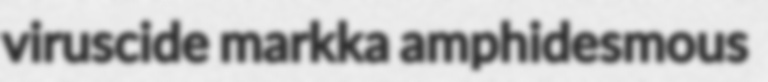
viruscide markka amphidesmous